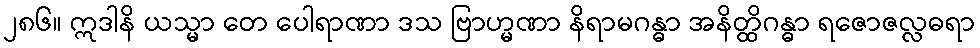
၂၈၆။ ဣဒါနိ ယသ္မာ တေ ပေါရာဏာ ဒသ ဗြာဟ္မဏာ နိရာမဂန္ဓာ အနိတ္ထိဂန္ဓာ ရဇောဇလ္လဓရာ